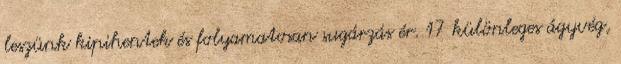
leszünk kipihentek és folyamatosan sugárzás ér. 17 különleges ágyvég,